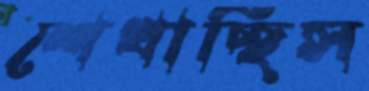
শেখাচ্ছিস